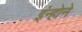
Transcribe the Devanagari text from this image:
इंन्होने